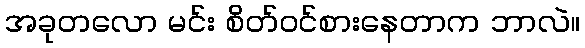
အခုတလော မင်း စိတ်ဝင်စားနေတာက ဘာလဲ။